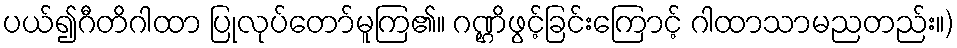
ပယ်၍ဂီတိဂါထာ ပြုလုပ်တော်မူကြ၏။ ဂဏ္ဌိဖွင့်ခြင်းကြောင့် ဂါထာသာမညတည်း။)